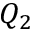
Q _ { 2 }